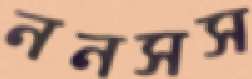
ননসস